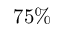
7 5 \%